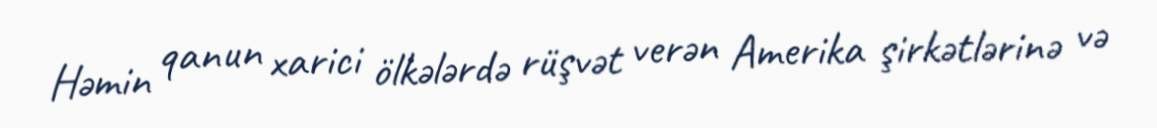
Həmin qanun xarici ölkələrdə rüşvət verən Amerika şirkətlərinə və